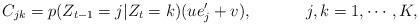
LaTeX: \begin{align*} {{C}_{jk}}=p(Z_{t-1}=j|Z_t=k)( {{u}}{{e}}^{\prime}_j+{{v}}),\ \ \ \ \ \ \quad\ j,k=1,\cdots,K, \end{align*}